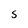
Character: s